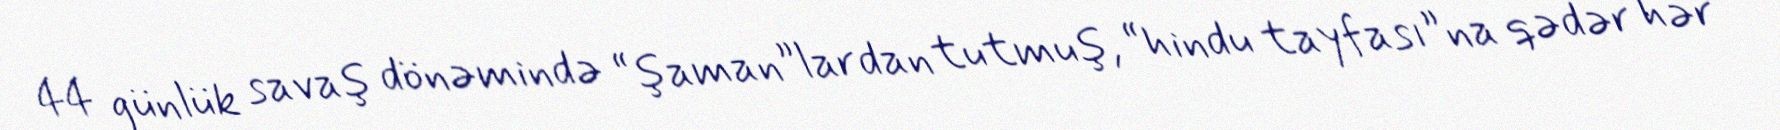
44 günlük savaş dönəmində “şaman”lardan tutmuş, “hindu tayfası”na qədər hər